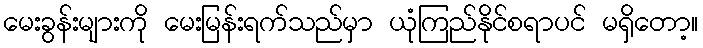
မေးခွန်းများကို မေးမြန်းရက်သည်မှာ ယုံကြည်နိုင်စရာပင် မရှိတော့။